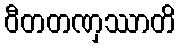
ဝီတတဏှဿာတိ